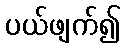
ပယ်ဖျက်၍